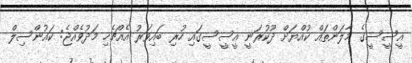
އީސީސީގެ މާލަންތައް ކުއްޔަށް ދޫކުރަނީ އީސީސީގައި ހުރި ބައިވަރު އެއްޗެހި މަދުވެއްޖެ: ކައުންސިލް